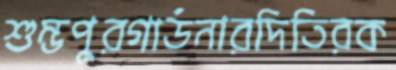
শুম্ভপুরগার্ডনারদিতিরক